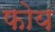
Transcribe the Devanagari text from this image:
फोय